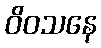
ဝိဝသနေ